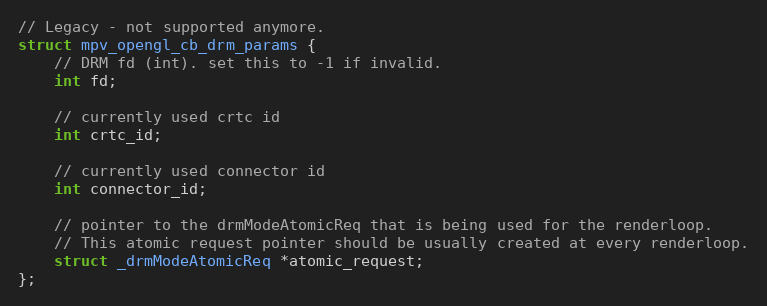
Language: C
// Legacy - not supported anymore.
struct mpv_opengl_cb_drm_params {
    // DRM fd (int). set this to -1 if invalid.
    int fd;

    // currently used crtc id
    int crtc_id;

    // currently used connector id
    int connector_id;

    // pointer to the drmModeAtomicReq that is being used for the renderloop.
    // This atomic request pointer should be usually created at every renderloop.
    struct _drmModeAtomicReq *atomic_request;
};